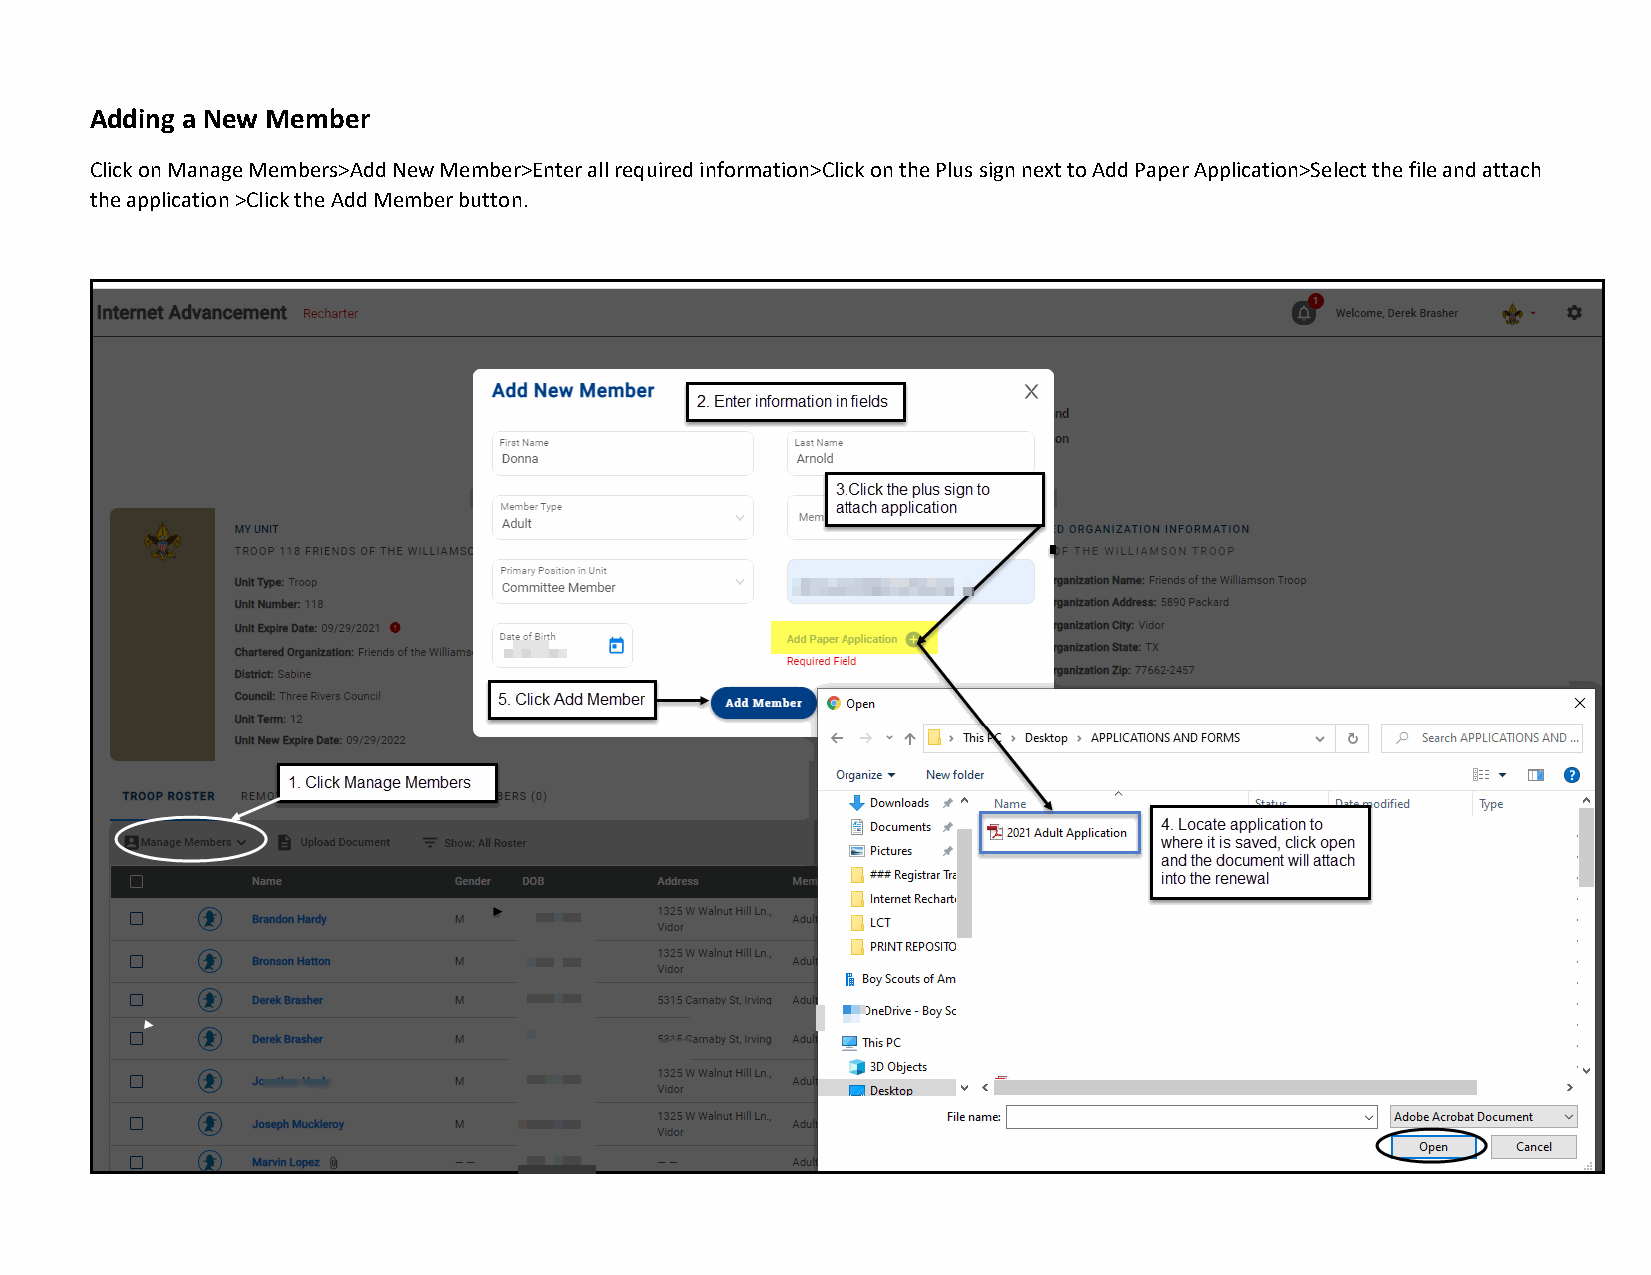
Adding a New Member
 Click on Manage Members>Add New Member>Enter all required information>Click on the Plus sign next to Add Paper Application>Select the file and attach
 the application >Click the Add Member button.